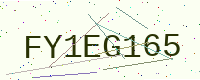
Text: FY1EG165